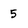
Character: 5